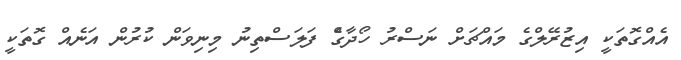
އެއްގޮތަކީ އިޒުރޭލްގެ މައްޗަށް ނަސްރު ހޯދާގެް ފަލަސްތިނު މިނިވަން ކުރުން އަނެއް ގޮތަކީ